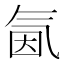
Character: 氤